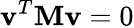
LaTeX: \mathbf{v}^{T}\mathbf{M}\mathbf{v}=0